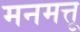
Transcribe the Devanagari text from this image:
मनमत्तू